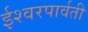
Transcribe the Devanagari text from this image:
ईश्वरपार्वती